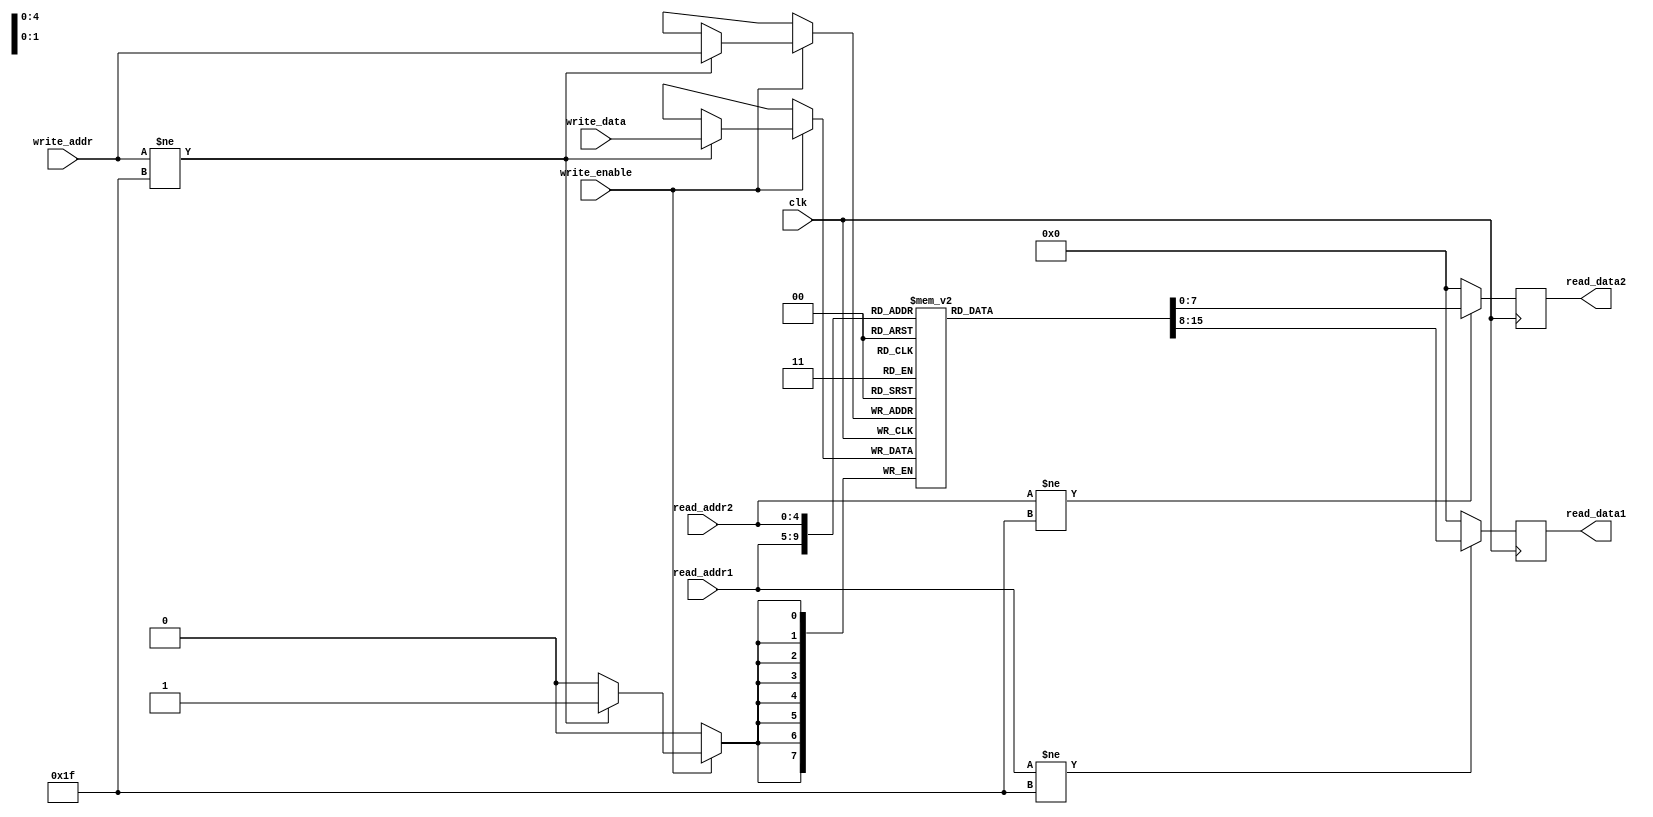
`timescale 1ns / 1ps

module Register_File(
        clk,
        read_addr1,
        read_addr2,
        read_data1,
        read_data2,
        write_addr,
        write_data,
        write_enable
    );

/***************************
******** PARAMETERS ********
***************************/

input wire clk;

input wire [4:0]  read_addr1;
input wire [4:0]  read_addr2;
input wire [4:0]  write_addr;

input wire [7:0] write_data;
input wire        write_enable;

output reg [7:0] read_data1;
output reg [7:0] read_data2;


// REGISTER FILE

    reg [7:0] Register_File [31:0]; // 32 - 8 Bit Registers


/*************************
********* LOGIC **********
**************************/

initial begin
	
end
always @(posedge(clk))
    begin
    read_data1 = 8'b00000000;
    read_data2 = 8'b00000000;
    if (read_addr1 != 5'b11111) begin
        read_data1 = Register_File[read_addr1];
    end 
    if (read_addr2 != 5'b11111) begin
        read_data2 = Register_File[read_addr2]; 
    end
    
    end
always @(negedge(clk))
    begin
    if (write_enable) begin
        if (write_addr != 5'b11111) begin
            Register_File[write_addr] = write_data;   
        end
    end
   end
endmodule